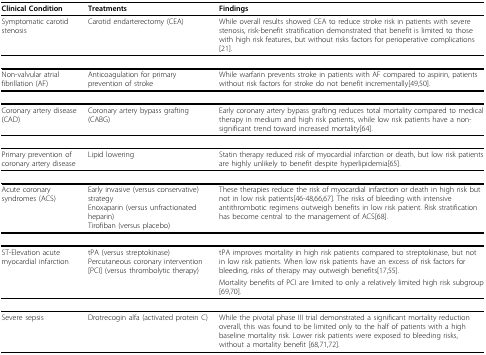
<table><thead><tr><td><b>Clinical Condition</b></td><td><b>Treatments</b></td><td><b>Findings</b></td></tr></thead><tbody><tr><td>Symptomatic carotid stenosis</td><td>Carotid endarterectomy (CEA)</td><td>While overall results showed CEA to reduce stroke risk in patients with severe stenosis, risk-benefit stratification demonstrated that benefit is limited to those with high risk features, but without risks factors for perioperative complications[21].</td></tr><tr><td>Non-valvular atrial fibrillation (AF)</td><td>Anticoagulation for primary prevention of stroke</td><td>While warfarin prevents stroke in patients with AF compared to aspirin, patients without risk factors for stroke do not benefit incrementally[49,50].</td></tr><tr><td>Coronary artery disease (CAD)</td><td>Coronary artery bypass grafting (CABG)</td><td>Early coronary artery bypass grafting reduces total mortality compared to medical therapy in medium and high risk patients, while low risk patients have a non-significant trend toward increased mortality[64].</td></tr><tr><td>Primary prevention of coronary artery disease</td><td>Lipid lowering</td><td>Statin therapy reduced risk of myocardial infarction or death, but low risk patients are highly unlikely to benefit despite hyperlipidemia[65].</td></tr><tr><td>Acute coronary syndromes (ACS)</td><td>Early invasive (versus conservative) strategyEnoxaparin (versus unfractionated heparin)Tirofiban (versus placebo)</td><td>These therapies reduce the risk of myocardial infarction or death in high risk but not in low risk patients[46-48,66,67]. The risks of bleeding with intensive antithrombotic regimens outweigh benefits in low risk patient. Risk stratification has become central to the management of ACS[68].</td></tr><tr><td>ST-Elevation acute myocardial infarction</td><td>tPA (versus streptokinase)Percutaneous coronary intervention [PCI] (versus thrombolytic therapy)</td><td>tPA improves mortality in high risk patients compared to streptokinase, but not in low risk patients. When low risk patients have an excess of risk factors for bleeding, risks of therapy may outweigh benefits[17,55].</td></tr><tr><td></td><td></td><td>Mortality benefits of PCI are limited to only a relatively limited high risk subgroup [69,70].</td></tr><tr><td>Severe sepsis</td><td>Drotrecogin alfa (activated protein C)</td><td>While the pivotal phase III trial demonstrated a significant mortality reduction overall, this was found to be limited only to the half of patients with a high baseline mortality risk. Lower risk patients were exposed to bleeding risks, without a mortality benefit [68,71,72].</td></tr></tbody></table>